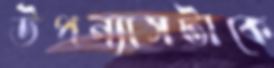
উপন্যাসটাকে